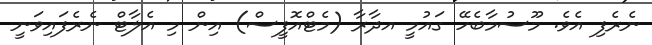
ނެރެފި އެވެ. މޫސުމާބެހޭ ގައުމީ އދާރާ (މެޓްއޮފީސް) އިން މި އެލާޓް ނެރެފައިވަނީ